Indian journal of veterinary science and animal husbandry - Volumes 22-23, 1952-1953
Year: 1952
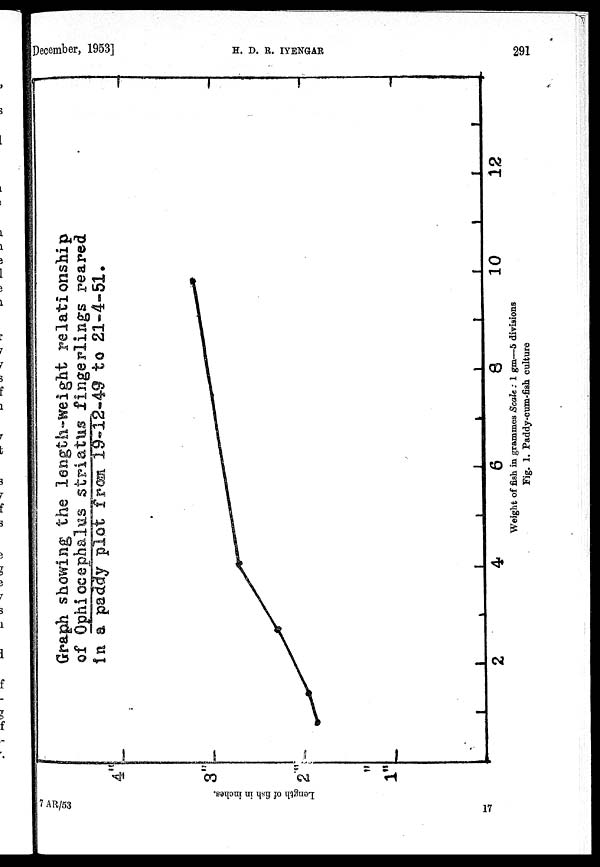
December, 1953]
H.
D.
R.
IYENGAR
291
Fig. 1. Paddy-cum-fish culture
7 AR/53
17